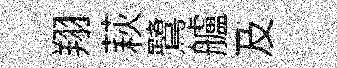
翔萩鷺艫及